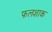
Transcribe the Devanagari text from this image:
फलशाक